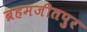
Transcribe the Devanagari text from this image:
ब्रहमजीतपुर